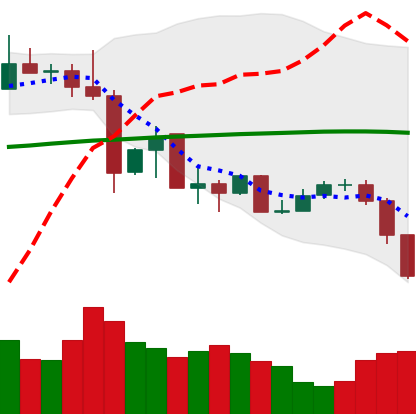
Ticker: XLM-USD
Chart end date: 2019-07-11
Forward return: -9.988%
Label: down_7plus